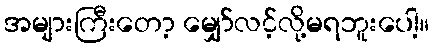
အများကြီးတော့ မျှော်လင့်လို့မရဘူးပေါ့။